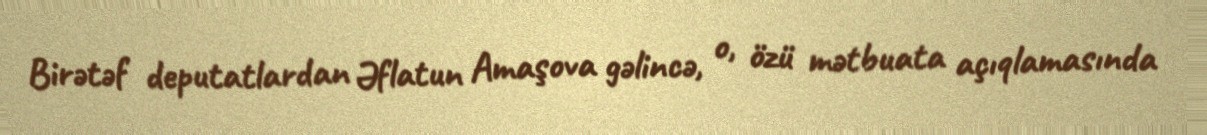
Birətəf deputatlardan Əflatun Amaşova gəlincə, o, özü mətbuata açıqlamasında